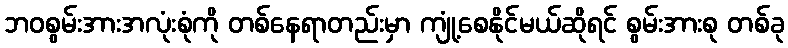
ဘဝစွမ်းအားအလုံးစုံကို တစ်နေရာတည်းမှာ ကျုံ့စေနိုင်မယ်ဆိုရင် စွမ်းအားစု တစ်ခု